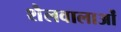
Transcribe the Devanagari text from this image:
शैलवालाओं